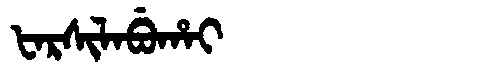
Manchu: ᡶᠠᡵᠰᡳᠯᠠᠪᡠᡥᠠᡳ
Romanization: FARSILABUHAI